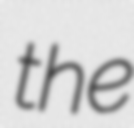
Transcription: the